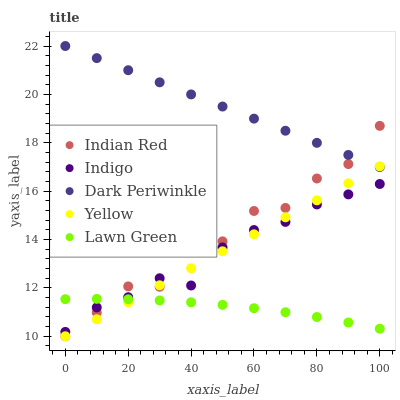
| xaxis_label | Indian Red | Indigo | Dark Periwinkle | Yellow | Lawn Green |
 | --- | --- | --- | --- | --- | --- |
 | 0 | 10 | 10.2 | 22 | 10 | 11.5 |
 | 10 | 11 | 11.2 | 21.5 | 10.7 | 11.5 |
 | 20 | 12.1 | 11.6 | 21 | 11.4 | 11.5 |
 | 30 | 12 | 12.4 | 20.5 | 12.1 | 11.5 |
 | 40 | 13.8 | 12.1 | 20 | 12.8 | 11.4 |
 | 50 | 13.9 | 13.7 | 19.5 | 13.5 | 11.3 |
 | 60 | 15.2 | 14.4 | 19 | 14.2 | 11.2 |
 | 70 | 15.3 | 14.7 | 18.5 | 14.9 | 11 |
 | 80 | 16.5 | 15.4 | 18 | 15.6 | 10.8 |
 | 90 | 17.1 | 15.9 | 17.5 | 16.3 | 10.6 |
 | 100 | 18.7 | 16.3 | 17 | 17 | 10.3 |